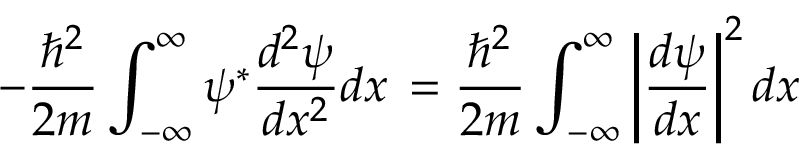
- { \frac { \hbar ^ { 2 } } { 2 m } } \int _ { - \infty } ^ { \infty } \psi ^ { * } { \frac { d ^ { 2 } \psi } { d x ^ { 2 } } } d x \, = { \frac { \hbar ^ { 2 } } { 2 m } } \int _ { - \infty } ^ { \infty } \left| { \frac { d \psi } { d x } } \right| ^ { 2 } d x